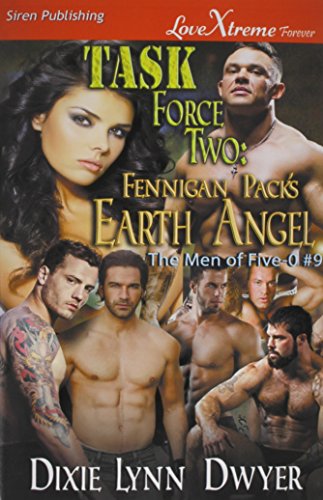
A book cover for Task Force Two: Fennigan Pack's Earth Angel [The Men of Five-O #9] (Siren Publishing LoveXtreme Forever); Dixie Lynn Dwyer; Romance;